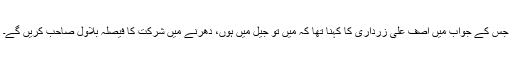
جس کے جواب میں آصف علی زرداری کا کہنا تھا کہ میں تو جیل میں ہوں، دھرنے میں شرکت کا فیصلہ بلاول صاحب کریں گے۔